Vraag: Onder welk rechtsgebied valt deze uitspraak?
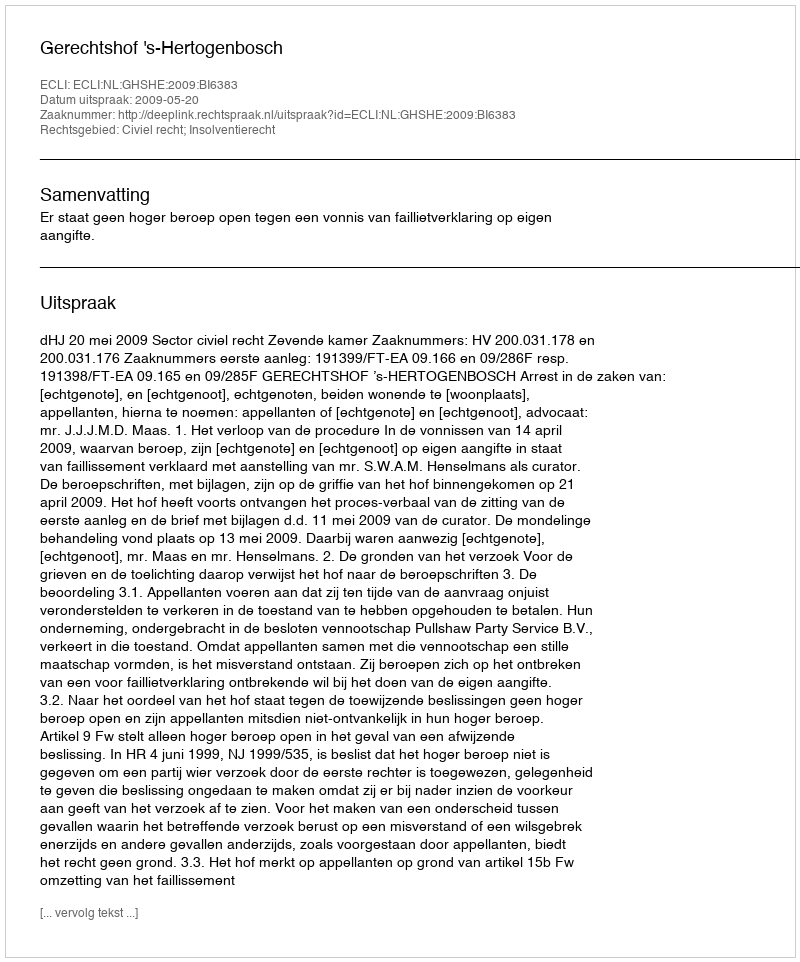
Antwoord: Civiel recht; Insolventierecht